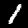
Digit: 1